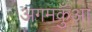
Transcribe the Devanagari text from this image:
अगमकुँआ